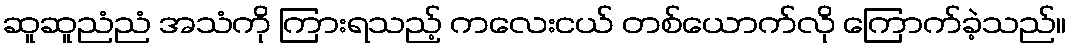
ဆူဆူညံညံ အသံကို ကြားရသည့် ကလေးငယ် တစ်ယောက်လို ကြောက်ခဲ့သည်။